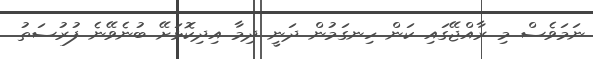
ނަމަވެސް މި ރާއްޖޭގައި ކަން ހިނގަމުން ދަނީ ދިމާ އިދިކޮޅަށޭ ބުނެވޭނެ ފުރުސަތު